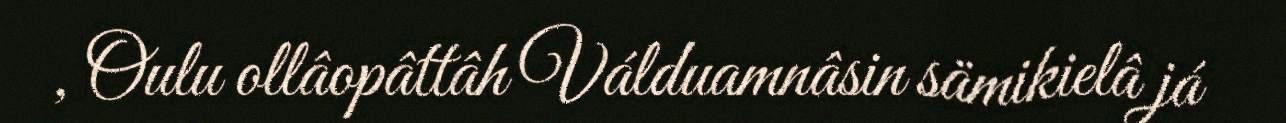
, Oulu ollâopâttâh Válduamnâsin sämikielâ já